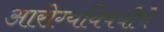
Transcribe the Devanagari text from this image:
आरोग्यविषयीचे